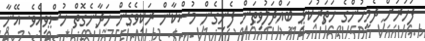
ފަހަރަށް ދެމީހުންގެ ހަތަރުކަޅި ބައްދަލުވިތަން ފެނިގެން މުސްކާން ރަކިވެގެން ހަދާނެގޮތް ހުސްވިއެވެ. އޭނާ